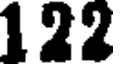
122